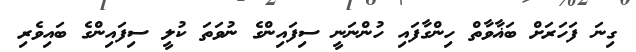
ގިނަ ފަހަރަށް ބަޣާވާތް ހިންގާފައި ހުންނަނީ ސިފައިންގެ ނުވަތަ ކުލީ ސިފައިންގެ ބައިވެރި